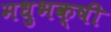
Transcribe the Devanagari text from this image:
मधुभक्षी